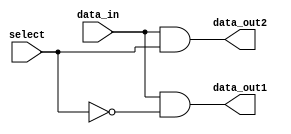
module demux_1to2 (
    input wire data_in,
    input wire select,
    output wire data_out1,
    output wire data_out2
);

assign data_out1 = (data_in & ~select);
assign data_out2 = (data_in & select);

endmodule